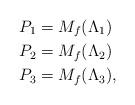
LaTeX: \begin{align*}P_1 = M_f(\Lambda_1) & \\P_2 = M_f(\Lambda_2) & \\P_3 = M_f(\Lambda_3) & ,\end{align*}